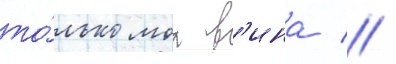
то́лько моа в'ина //